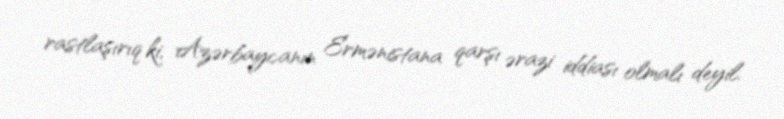
rastlaşırıq ki, Azərbaycanın Ermənistana qarşı ərazi iddiası olmalı deyil.